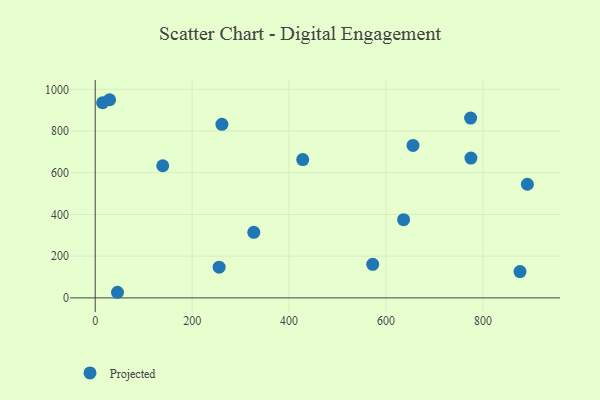
{"axis": {"x": "Investment", "y": "Sales"}, "legend": ["Projected"], "data": [{"x": "15.3", "y": 935.6, "type": "Projected"}, {"x": "775.2", "y": 670.4, "type": "Projected"}, {"x": "655.7", "y": 731.1, "type": "Projected"}, {"x": "255.7", "y": 147.3, "type": "Projected"}, {"x": "428.2", "y": 663.0, "type": "Projected"}, {"x": "774.6", "y": 862.4, "type": "Projected"}, {"x": "572.6", "y": 160.9, "type": "Projected"}, {"x": "29.7", "y": 950.2, "type": "Projected"}, {"x": "261.4", "y": 832.3, "type": "Projected"}, {"x": "327.2", "y": 314.3, "type": "Projected"}, {"x": "891.7", "y": 545.0, "type": "Projected"}, {"x": "46.0", "y": 26.9, "type": "Projected"}, {"x": "139.3", "y": 633.6, "type": "Projected"}, {"x": "636.3", "y": 375.1, "type": "Projected"}, {"x": "876.5", "y": 126.1, "type": "Projected"}]}